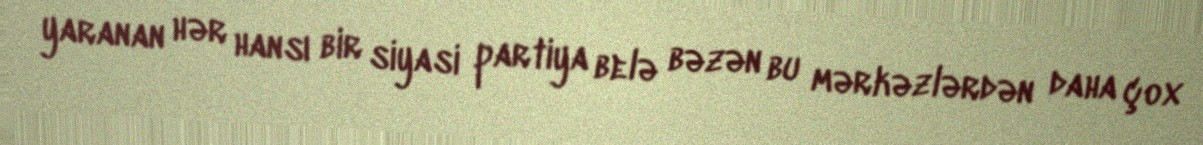
yaranan hər hansı bir siyasi partiya belə bəzən bu mərkəzlərdən daha çox